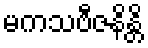
မကသဗီဇနိန္တိ